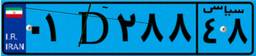
۰۱D۲۸۸۴۸